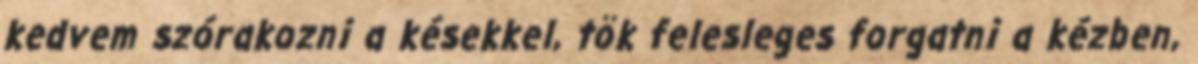
kedvem szórakozni a késekkel, tök felesleges forgatni a kézben,